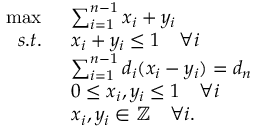
\begin{array} { r l } { \operatorname* { m a x } \; \; } & { \sum _ { i = 1 } ^ { n - 1 } x _ { i } + y _ { i } } \\ { s . t . \; \; } & { x _ { i } + y _ { i } \leq 1 \quad \forall i } \\ & { \sum _ { i = 1 } ^ { n - 1 } d _ { i } ( x _ { i } - y _ { i } ) = d _ { n } } \\ & { 0 \leq x _ { i } , y _ { i } \leq 1 \quad \forall i } \\ & { x _ { i } , y _ { i } \in \mathbb { Z } \quad \forall i . } \end{array}